Trukikaitis_Postimees, lk 165
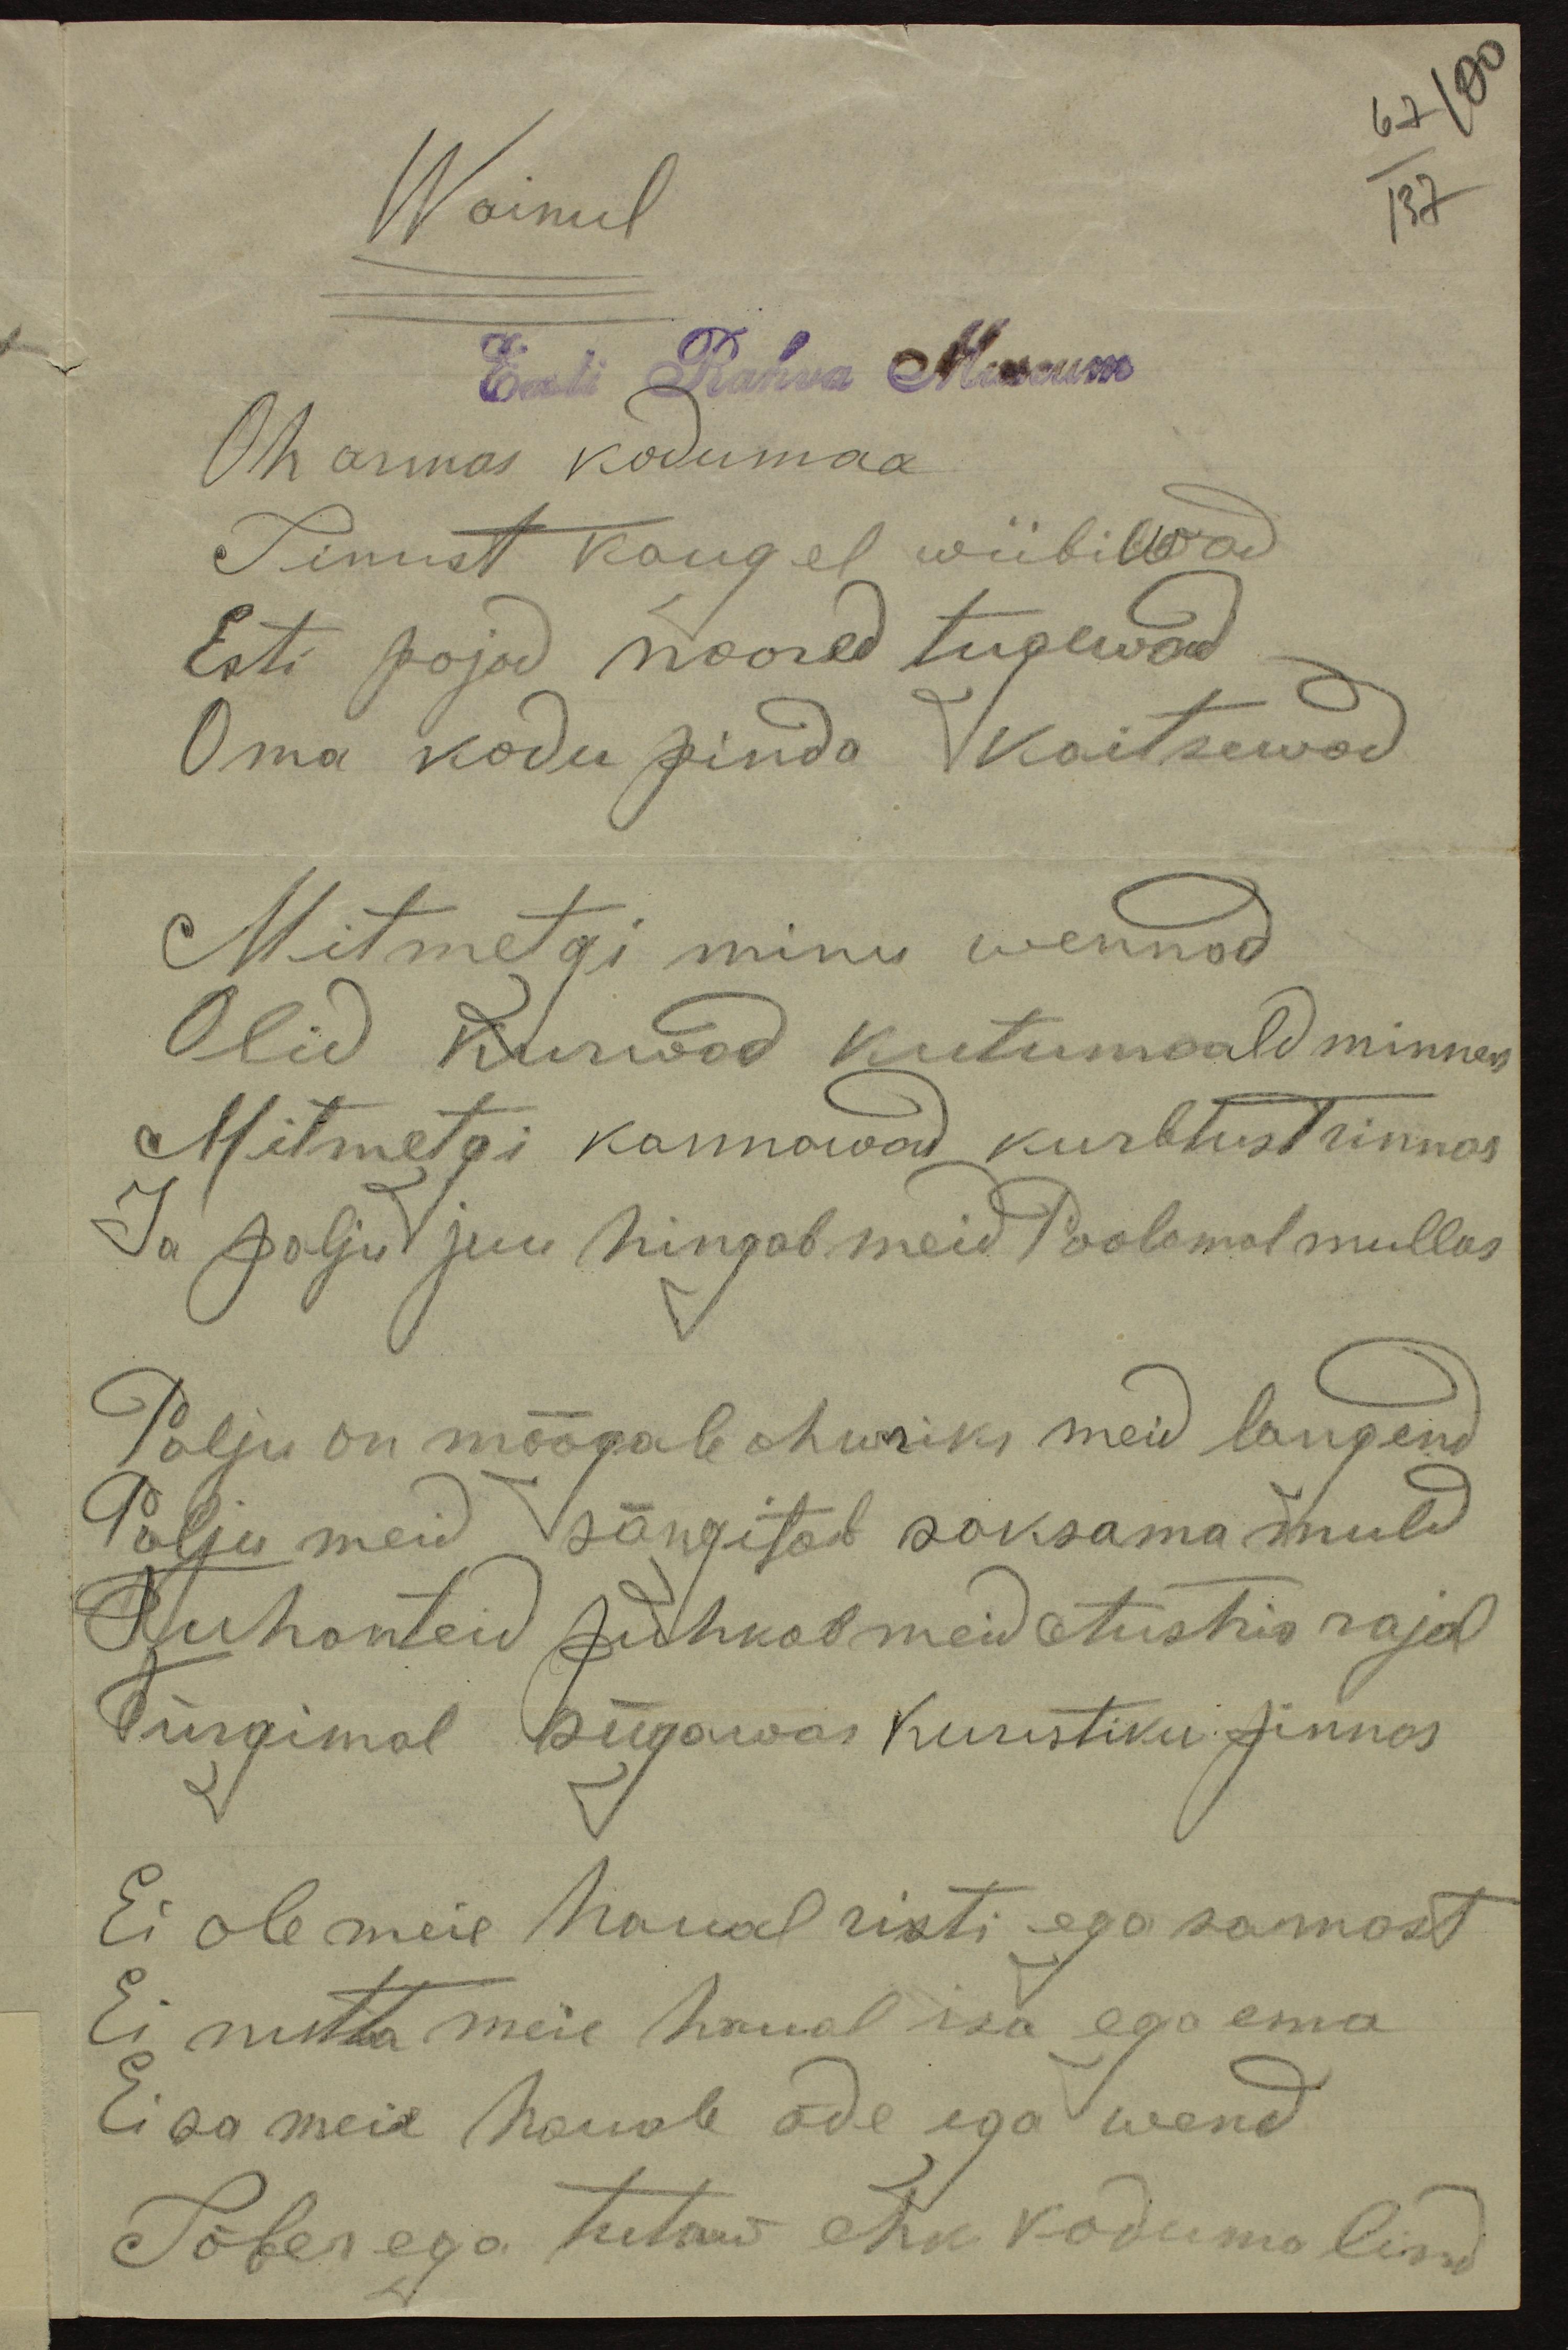
Wainul
Eesti Rahva Museum
Oh armas kodumaa
Sinust kaugel wiibiwad
Esti pojad noored tugewad
Oma kodu pinda kaitsewad
Mitmetgi minu wennad
Olid kurwad kutumaald minnes
Mitmetgi kannawad kurbtust rinnas
Ja palju juu hingab meid Poolamal mullas
Palju on mõõgale ohwriks meid langend
Palju meid sängitab saksama muld
Tuhanteid puhkab meid Austria rajal
Türgimal sügawas kuristiku pinnas
Ei ole meie haual risti ega samast
Ei nutta meie haual isa ega ema
Ei sa meie hauale õde ega wend
Sõber ega tutaw ehk koduma lind